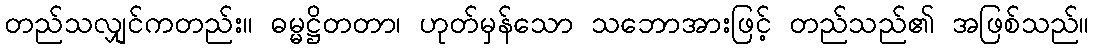
တည်သလျှင်ကတည်း။ ဓမ္မဋ္ဌိတတာ၊ ဟုတ်မှန်သော သဘောအားဖြင့် တည်သည်၏ အဖြစ်သည်။